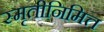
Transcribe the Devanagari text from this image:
स्मृतीनिमित्त